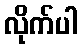
လိုက်ပါ